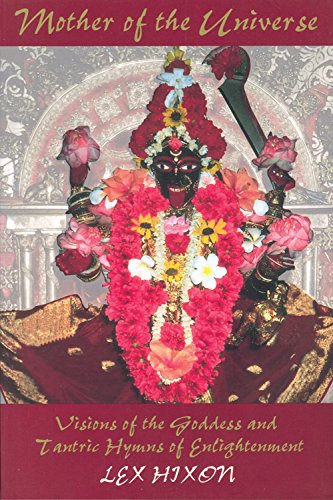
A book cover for Mother of the Universe: Visions of the Goddess and Tantric Hymns of Enlightenment; Lex Hixon; Religion & Spirituality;